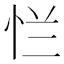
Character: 𰑐